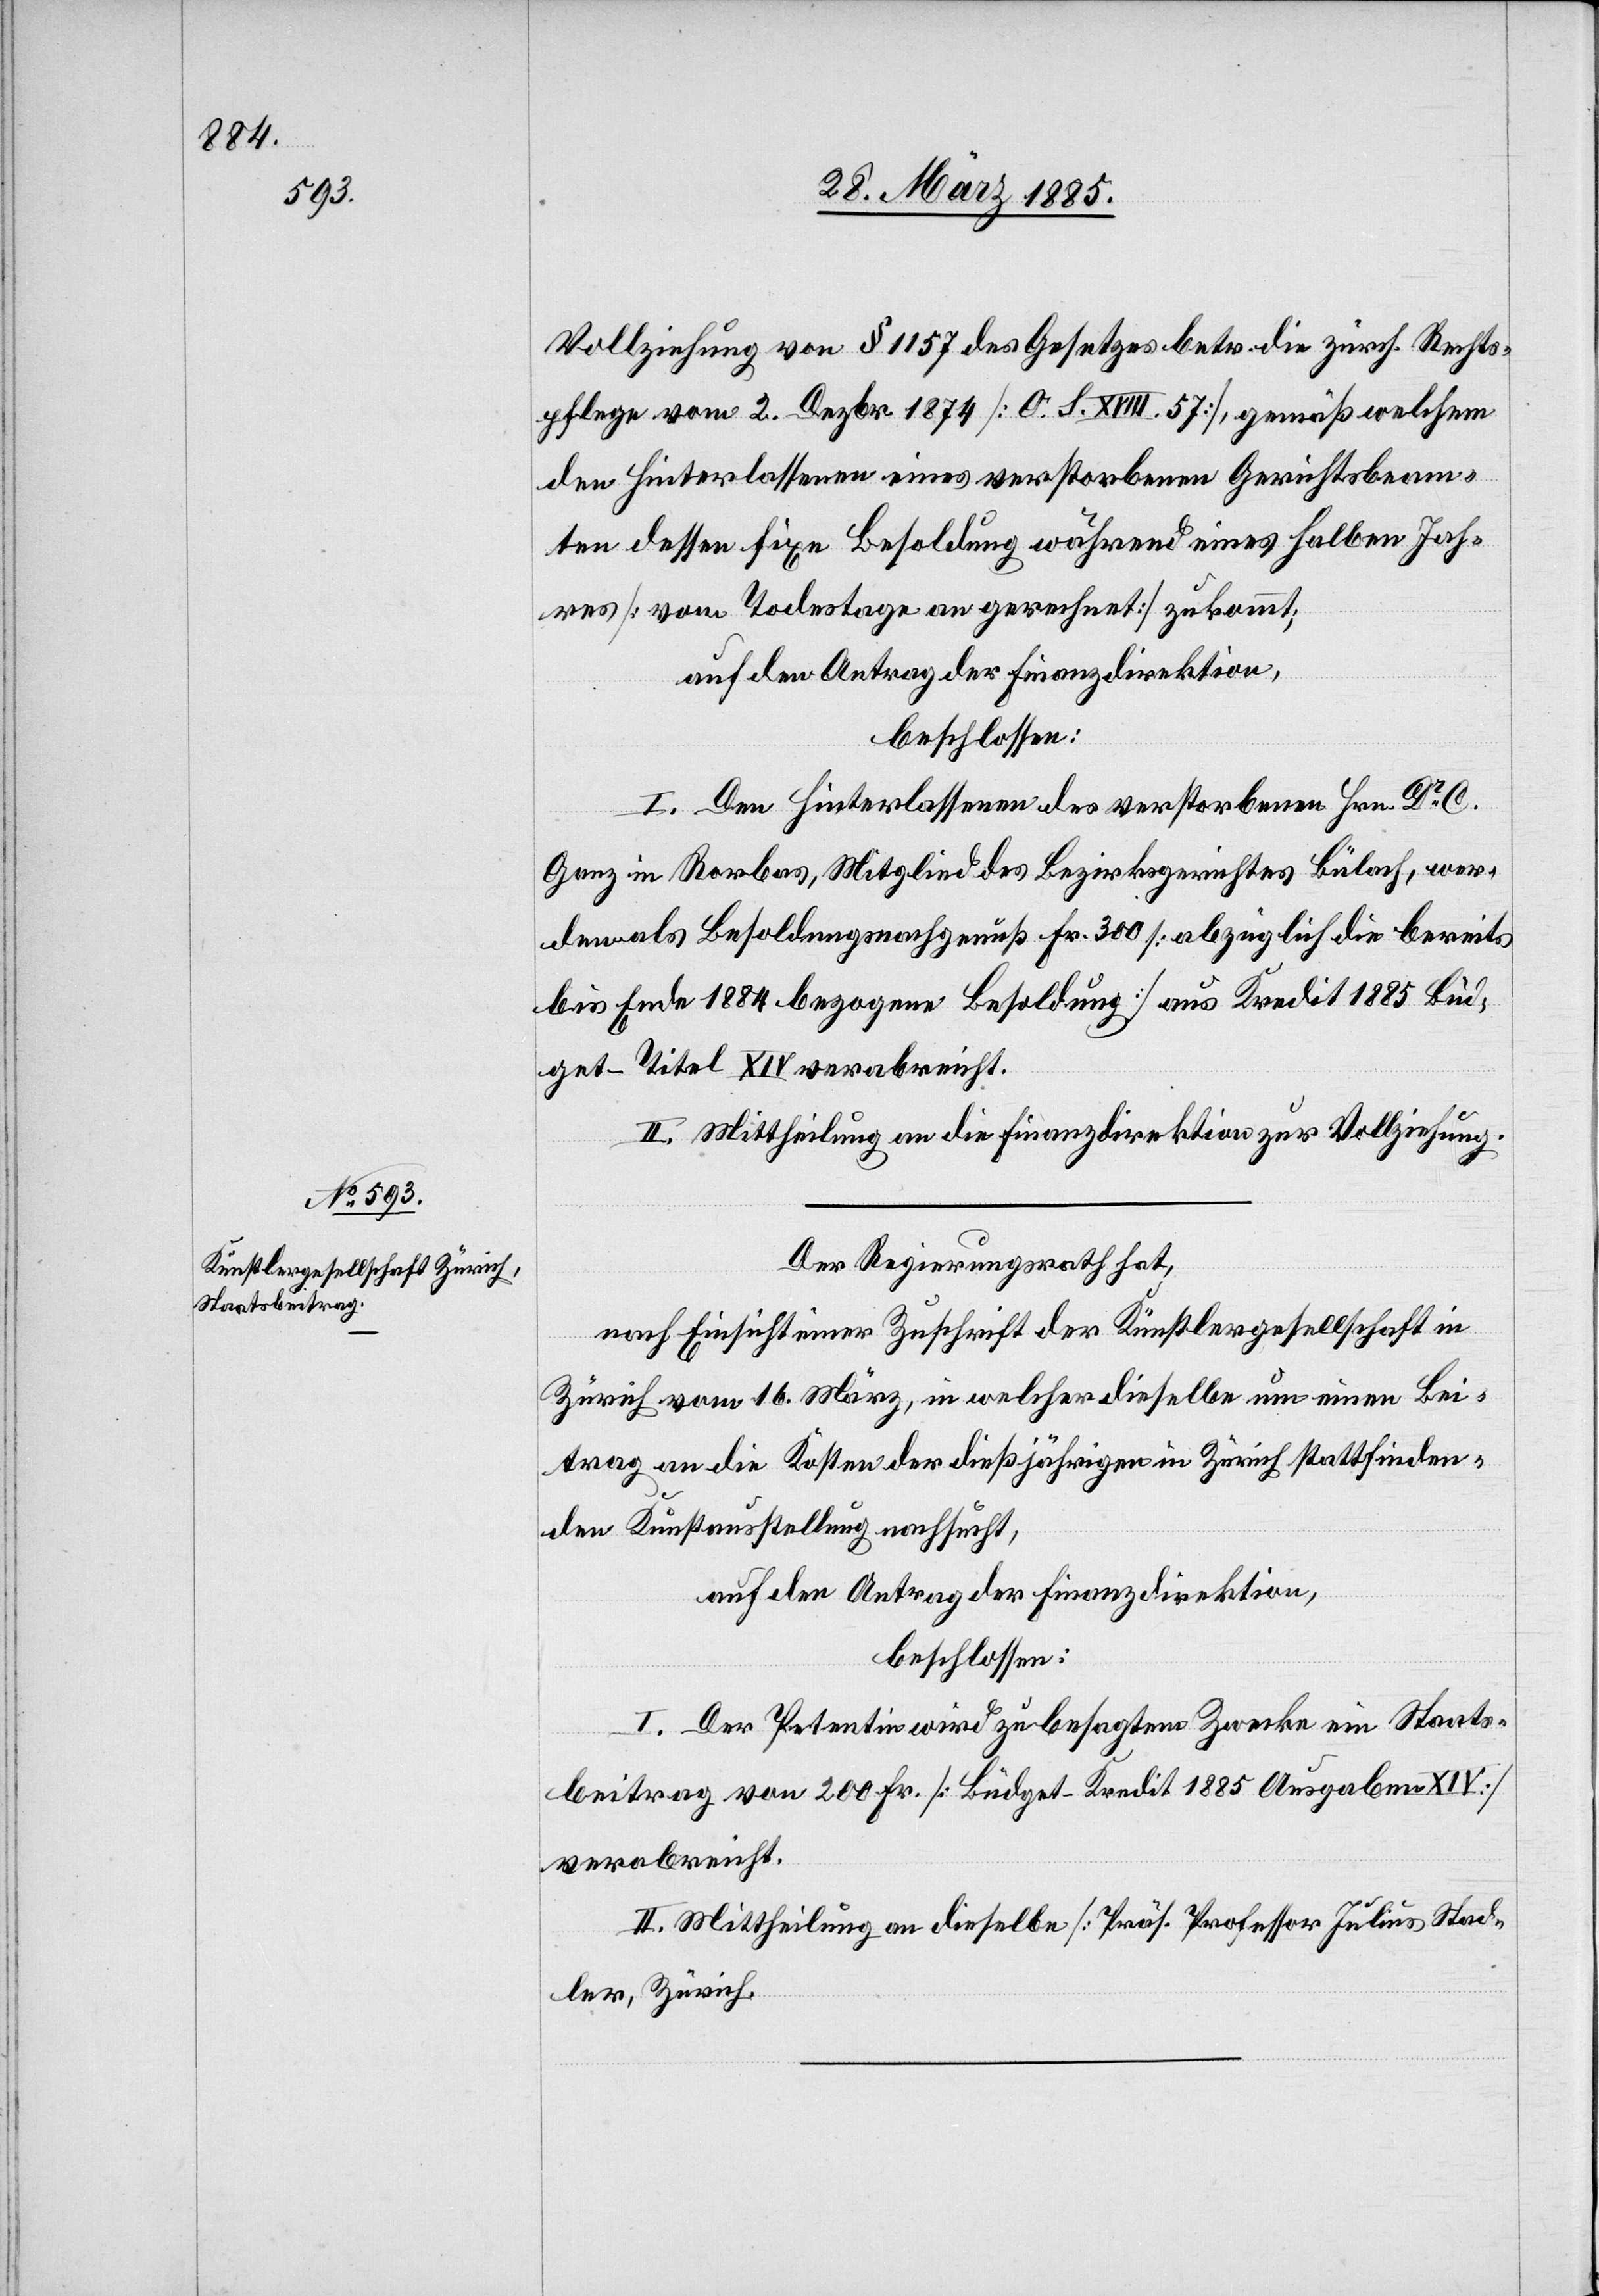
Vollziehung von § 1157 des Gesetzes betr. die zürch. Rechts¬
pflege vom 2. Dezbr. 1874 [O. S. XVIII. 57], gemäß welchem
den Hinterlassenen eines verstorbenen Gerichtsbeam¬
ten dessen fixe Besoldung während eines halben Jah¬
res [vom Todestage an gerechnet] zukommt;
auf den Antrag der Finanzdirektion,
beschlossen:
I. Den Hinterlassenen des verstorbenen Hrn. Dr C.
Ganz in Rorbas, Mitglied des Bezirksgerichtes Bülach, wer¬
den als Besoldungsnachgenuß Fr. 300 [abzüglich die bereits
bis Ende 1884 bezogene Besoldung] aus Kredit 1885 Büd¬
get-Titel XIV verabreicht.
II. Mittheilung an die Finanzdirektion zur Vollziehung.
Der Regierungsrath hat,
nach Einsicht einer Zuschrift der Künstlergesellschaft in
Zürich vom 16. März, in welcher dieselbe um einen Bei¬
trag an die Kosten der dießjährigen in Zürich stattfinden¬
den Kunstausstellung nachsucht,
auf den Antrag der Finanzdirektion,
beschlossen:
I. Der Petentin wird zu besagtem Zwecke ein Staats¬
beitrag von 200 Fr. [Büdget-Kredit 1885 Ausgaben XIV]
verabreicht.
II. Mittheilung an dieselbe [Präs. Professor Julius Stad¬
ler, Zürich].